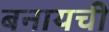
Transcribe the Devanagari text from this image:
बनायची